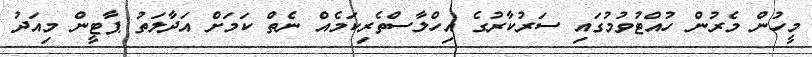
މީހުން މެރުން ހުއްޓުވުމުގައި ސަރުކާރުގެ އިހްލާސްތެރިކަމެއް ނެތް ކަމަށް އަދާލަތު ޕާޓީން މިއަދު